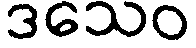
ဒသေဝ